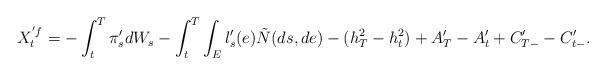
LaTeX: \begin{align*}X^{' f}_t= -\int_{t}^T \pi'_s dW_s-\int_{t}^T \int_E l'_s(e) \tilde N(ds,de)- (h^2_T-h^2_t)+A'_T-A'_t+C'_{T-} -C'_{t-}.\end{align*}